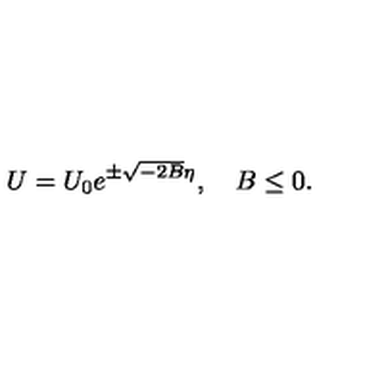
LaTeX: U = U _ { 0 } e ^ { \pm \sqrt { - 2 B } \eta } , \quad B \le 0 .